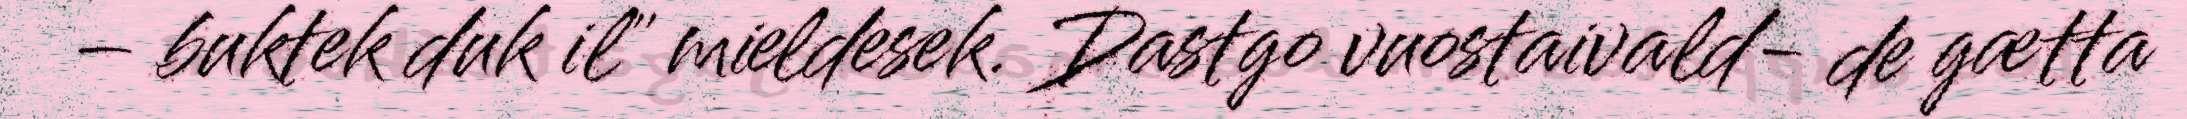
– buktek duk il" mieldesek. Dastgo vuostaivald- de gætta